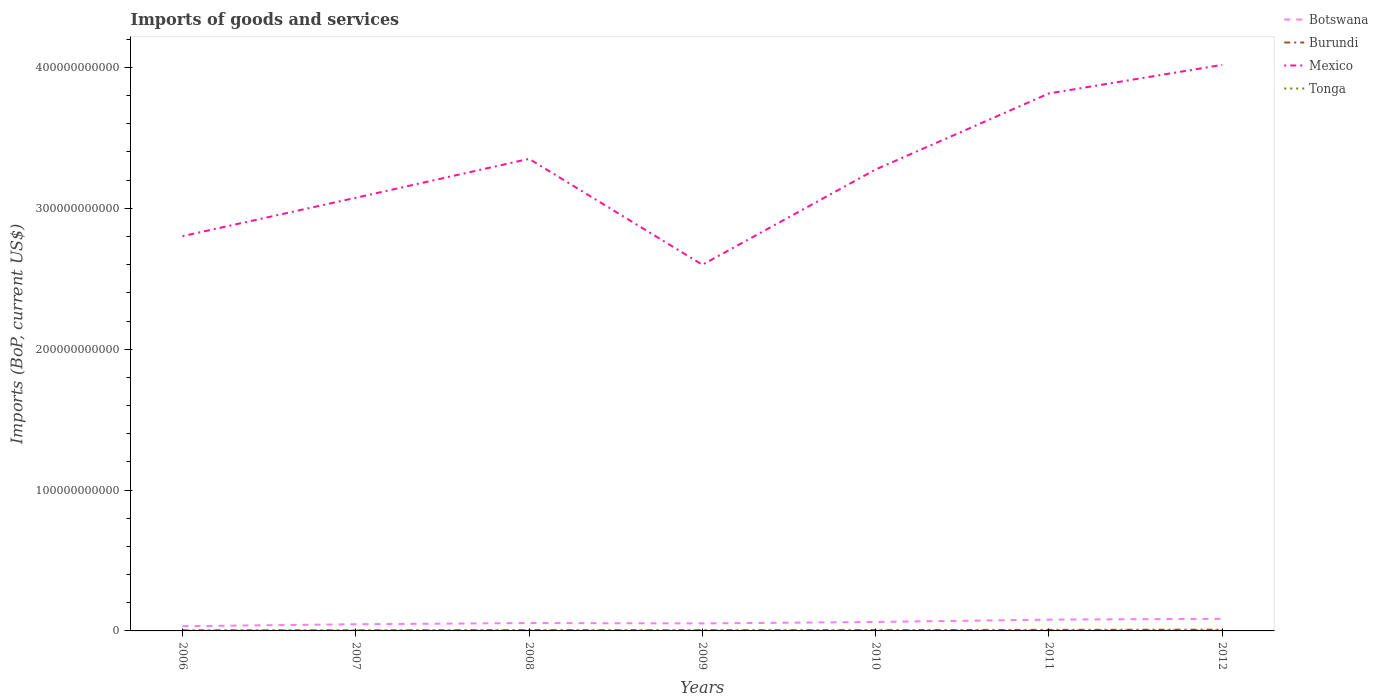
| Years | Botswana | Burundi | Mexico | Tonga |
 | --- | --- | --- | --- | --- |
 | 2006 | 3.35e+09 | 4.47e+08 | 2.8e+11 | 1.7e+08 |
 | 2007 | 4.73e+09 | 4.36e+08 | 3.08e+11 | 1.99e+08 |
 | 2008 | 5.59e+09 | 5.94e+08 | 3.35e+11 | 2.47e+08 |
 | 2009 | 5.33e+09 | 5.2e+08 | 2.6e+11 | 2.39e+08 |
 | 2010 | 6.36e+09 | 6.07e+08 | 3.28e+11 | 2.27e+08 |
 | 2011 | 8.03e+09 | 7.65e+08 | 3.82e+11 | 2.78e+08 |
 | 2012 | 8.59e+09 | 9.23e+08 | 4.02e+11 | 2.71e+08 |